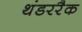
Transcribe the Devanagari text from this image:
थंडररैक